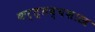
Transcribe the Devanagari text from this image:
कर्त्तव्यशास्त्र